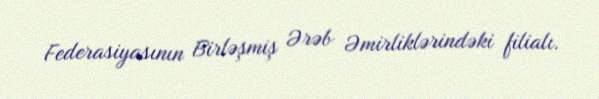
Federasiyasının Birləşmiş Ərəb Əmirliklərindəki filialı.